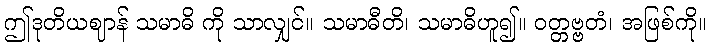
ဤဒုတိယဈာန် သမာဓိ ကို သာလျှင်။ သမာဓီတိ၊ သမာဓိဟူ၍။ ဝတ္တဗ္ဗတံ၊ အဖြစ်ကို။